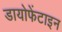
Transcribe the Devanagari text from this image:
डायोफेंटाइन